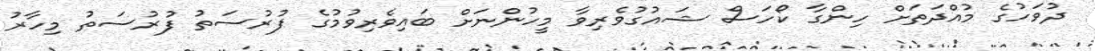
ދުވަހުގެ މުއްދަތަށް ހިންގާ ކޯހަސް ޝައުގުވެރިވާ މީހުންނަށް ބައިވެރިވުމުގެ ފުރުސަތު ފުރުސަތު މިހާރު